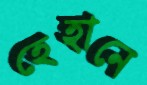
হেহানে